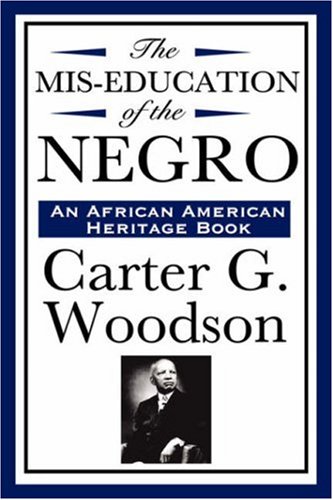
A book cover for The MIS-Education of the Negro (an African American Heritage Book); Carter G. Woodson; Education & Teaching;